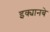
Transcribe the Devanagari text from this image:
इक्यानबे